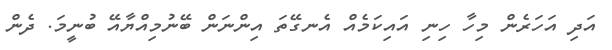
އަދި އަހަރެން މިހާ ހިނި އައިކަމެއް އެނގޭތަ އިންނަން ބޭނުމިއްޔާއޭ ބުނީމަ. ދެން